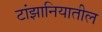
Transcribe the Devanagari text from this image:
टांझानियातील